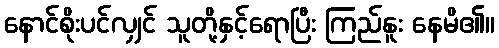
နောင်စိုးပင်လျှင် သူတို့နှင့်ရောပြီး ကြည်နူး နေမိ၏။